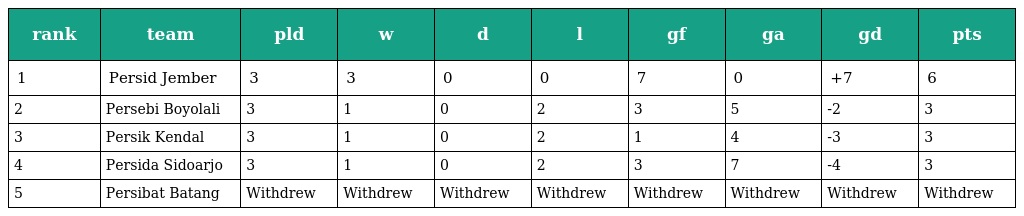
| rank | team | pld | w | d | l | gf | ga | gd | pts |
 | --- | --- | --- | --- | --- | --- | --- | --- | --- | --- |
 | 1 | Persid Jember | 3 | 3 | 0 | 0 | 7 | 0 | +7 | 6 |
 | 2 | Persebi Boyolali | 3 | 1 | 0 | 2 | 3 | 5 | -2 | 3 |
 | 3 | Persik Kendal | 3 | 1 | 0 | 2 | 1 | 4 | -3 | 3 |
 | 4 | Persida Sidoarjo | 3 | 1 | 0 | 2 | 3 | 7 | -4 | 3 |
 | 5 | Persibat Batang | Withdrew | Withdrew | Withdrew | Withdrew | Withdrew | Withdrew | Withdrew | Withdrew |